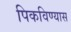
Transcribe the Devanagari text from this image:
पिकविण्यास